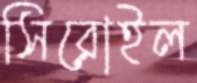
সিরোইল